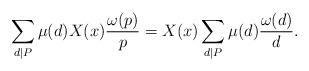
LaTeX: \begin{align*} \sum_{d \mid P} \mu(d)X(x)\frac{\omega(p)}{p} = X(x) \sum_{d \mid P} \mu(d) \frac{\omega(d)}{d}. \end{align*}